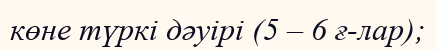
көне түркі дәуірі (5 – 6 ғ-лар);